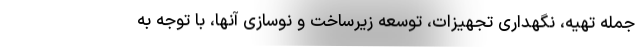
جمله تهیه، نگهداری تجهیزات، توسعه زیرساخت و نوسازی آنها، با توجه به